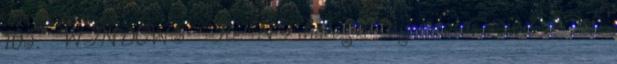
105. WINDOWS Re: NT halozati nyomtatas mind 5 sor